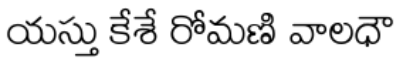
యస్తు కేశే రోమణి వాలధౌ